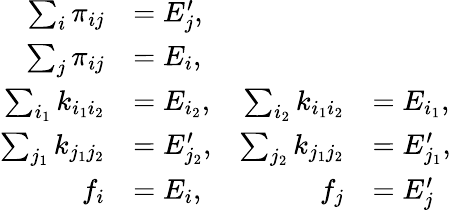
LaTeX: \begin{array}{rlrl}{\sum_{i}\pi_{ij}}&{=E_{j}^{\prime},}\\ {\sum_{j}\pi_{ij}}&{=E_{i},}\\ {\sum_{i_{1}}k_{i_{1}i_{2}}}&{=E_{i_{2}},}&{\sum_{i_{2}}k_{i_{1}i_{2}}}&{=E_{i_{1}},}\\ {\sum_{j_{1}}k_{j_{1}j_{2}}}&{=E_{j_{2}}^{\prime},}&{\sum_{j_{2}}k_{j_{1}j_{2}}}&{=E_{j_{1}}^{\prime},}\\ {f_{i}}&{=E_{i},}&{f_{j}}&{=E_{j}^{\prime}}\end{array}